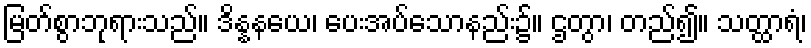
မြတ်စွာဘုရားသည်။ ဒိန္နနယေ၊ ပေးအပ်သောနည်း၌။ ဌတွာ၊ တည်၍။ သတ္ထာရံ၊